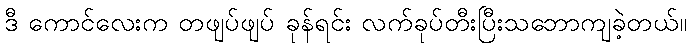
ဒီ ကောင်လေးက တဖျပ်ဖျပ် ခုန်ရင်း လက်ခုပ်တီးပြီးသဘောကျခဲ့တယ်။